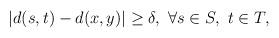
LaTeX: \begin{align*} |d(s,t)-d(x,y)|\ge\delta,\ \forall s\in S,\ t\in T,\end{align*}